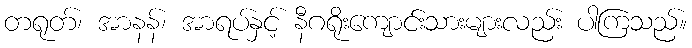
တရုတ်၊ အာနန်၊ အာရပ်နှင့် နီဂရိုးကျောင်းသားများလည်း ပါကြသည်။